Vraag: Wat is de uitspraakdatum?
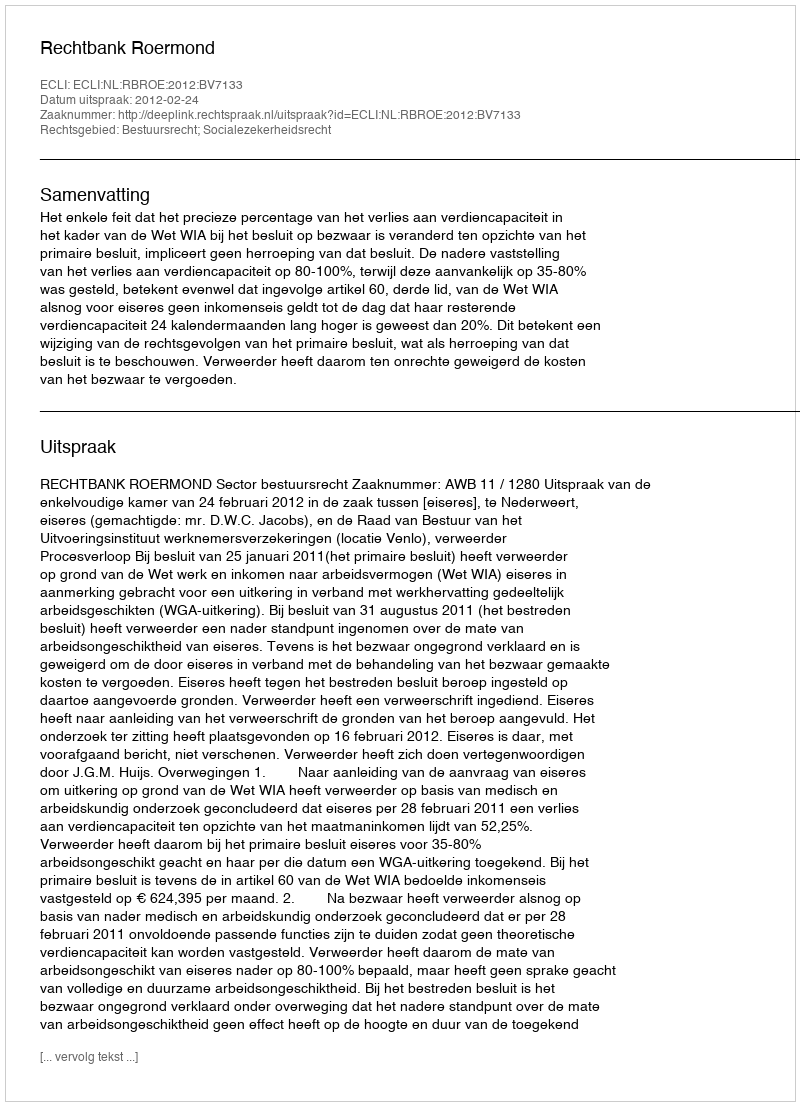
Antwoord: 2012-02-24